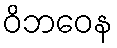
ဝိဘဝေန